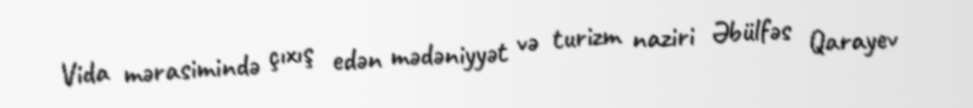
Vida mərasimində çıxış edən mədəniyyət və turizm naziri Əbülfəs Qarayev